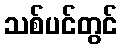
သစ်ပင်တွင်